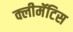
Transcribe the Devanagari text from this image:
क्लीमॅटिस